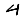
Digit: 4